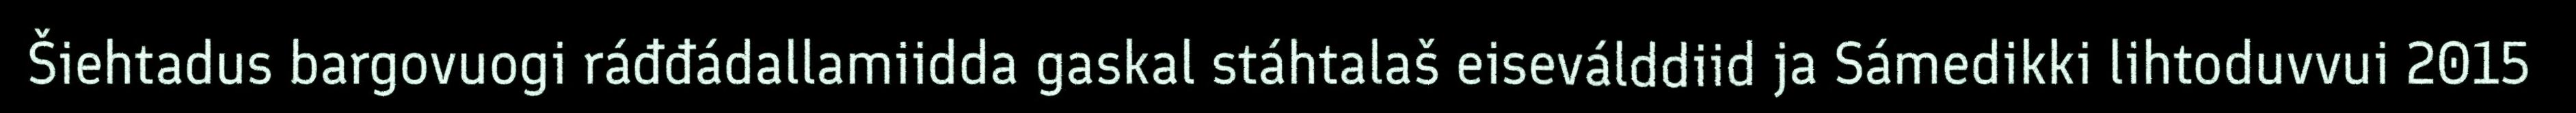
Šiehtadus bargovuogi ráđđádallamiidda gaskal stáhtalaš eiseválddiid ja Sámedikki lihtoduvvui 2015